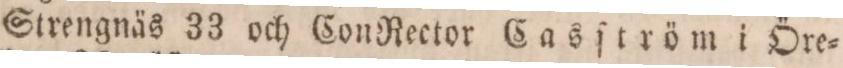
Strengnäs 33 och ConRector Casſtröm i Öre=